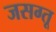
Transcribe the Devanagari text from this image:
जसग्तू